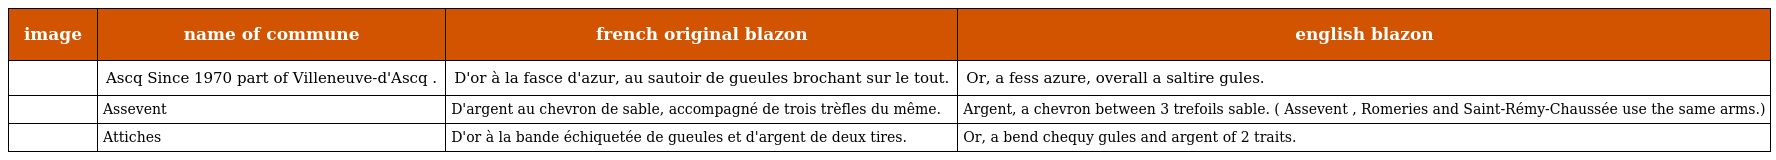
| image | name of commune | french original blazon | english blazon |
 | --- | --- | --- | --- |
 |  | Ascq Since 1970 part of Villeneuve-d'Ascq . | D'or à la fasce d'azur, au sautoir de gueules brochant sur le tout. | Or, a fess azure, overall a saltire gules. |
 |  | Assevent | D'argent au chevron de sable, accompagné de trois trèfles du même. | Argent, a chevron between 3 trefoils sable. ( Assevent , Romeries and Saint-Rémy-Chaussée use the same arms.) |
 |  | Attiches | D'or à la bande échiquetée de gueules et d'argent de deux tires. | Or, a bend chequy gules and argent of 2 traits. |